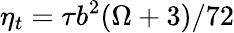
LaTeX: \eta_{t}=\tau b^{2}(\Omega+3)/72